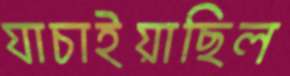
যাচাইয়াছিল